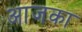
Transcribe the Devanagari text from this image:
आजका